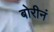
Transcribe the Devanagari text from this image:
बोरीनं